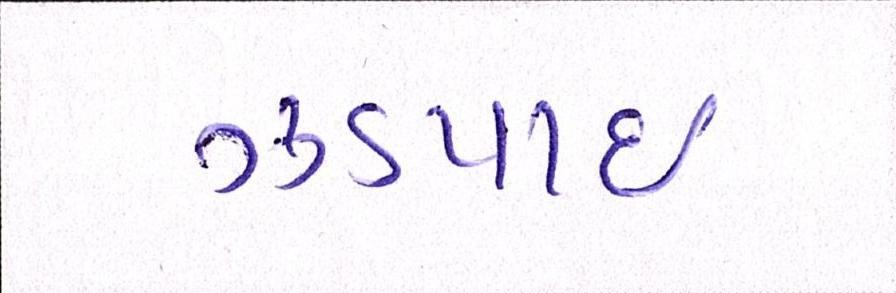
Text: ઝડપાઈ